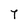
Character: 7